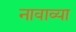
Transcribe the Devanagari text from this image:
नावाव्या